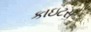
કાઇટસ